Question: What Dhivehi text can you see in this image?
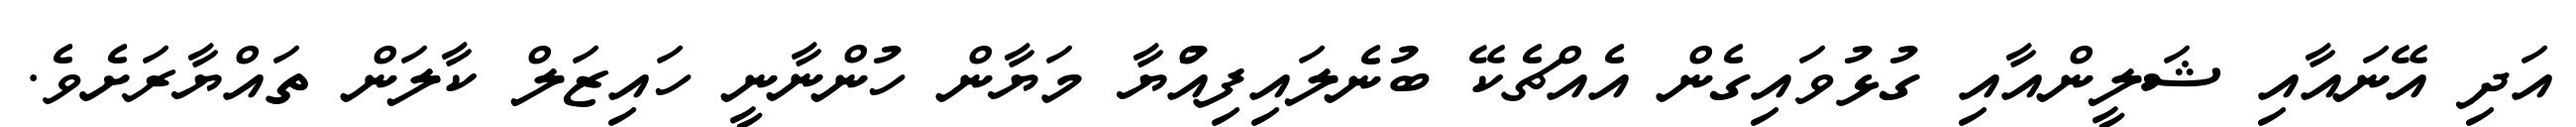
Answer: އަދި އޭނައާއި ޝަލީންއާއި ގުޅުވައިގެން އެއްޗެކޭ ބުނެލައިފިއްުޔާ މަޔާން ހުންނާނީ ހައިޒަލް ކާލަން ތައްޔާރަށެވެ.